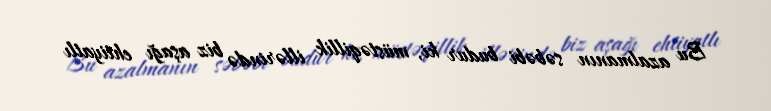
Bu azalmanın səbəbi budur ki, müstəqillik illərində biz aşağı ehtiyatlı